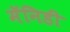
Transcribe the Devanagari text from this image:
मॅनिडी